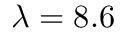
\lambda = 8 . 6